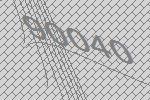
90040